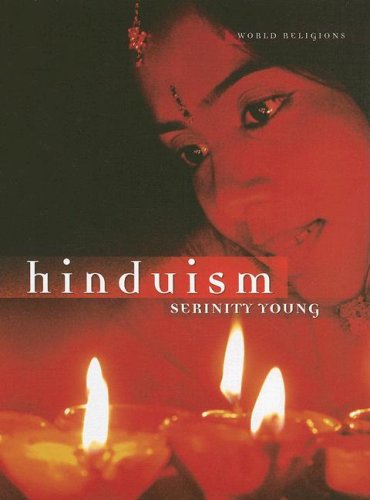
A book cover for Hinduism (World Religions (Benchmark)); Serinity Young; Teen & Young Adult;